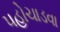
પહોચાડવા